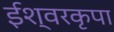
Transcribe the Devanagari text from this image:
ईश्वरकृपा